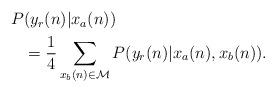
LaTeX: \begin{align*} \begin{aligned}P&(y_r(n)| x_a(n))\\ &= \frac{1}{4} \sum_{x_b(n) \in \mathcal{M}} P(y_r(n)| {x}_a(n), x_b(n)).\end{aligned}\end{align*}